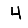
Digit: 4